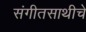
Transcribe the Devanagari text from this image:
संगीतसाथीचे